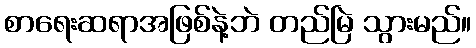
စာရေးဆရာအဖြစ်နဲ့ဘဲ တည်မြဲ သွားမည်။